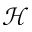
\mathcal { H }